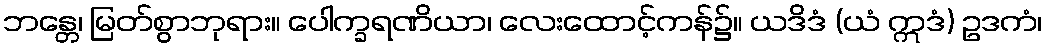
ဘန္တေ၊ မြတ်စွာဘုရား။ ပေါက္ခရဏိယာ၊ လေးထောင့်ကန်၌။ ယဒိဒံ (ယံ ဣဒံ) ဥဒကံ၊